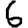
Digit: 6